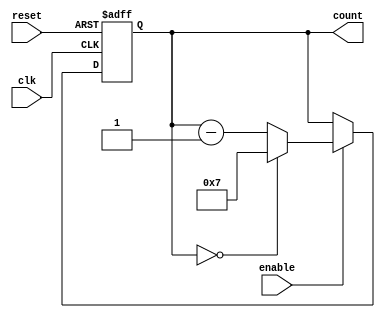
module Modulo_N_Down_Counter_with_Enable (
    input wire clk,
    input wire reset,
    input wire enable,
    output reg [N-1:0] count
);

parameter N = 8; // Specify the desired width of the counter

always @ (posedge clk or posedge reset)
begin
    if (reset)
        count <= N-1;
    else if (enable)
        count <= (count == 0) ? N-1 : count - 1;
end

endmodule